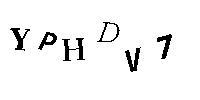
YPHDV7